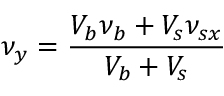
\nu _ { y } = \frac { V _ { b } \nu _ { b } + V _ { s } \nu _ { s x } } { V _ { b } + V _ { s } }